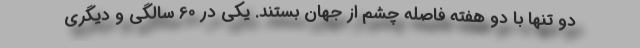
دو تنها با دو هفته فاصله چشم از جهان بستند. یکی در 60 سالگی و دیگری